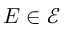
E \in { \mathcal { E } }